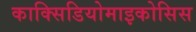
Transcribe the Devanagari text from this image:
काक्सिडियोमाइकोसिस